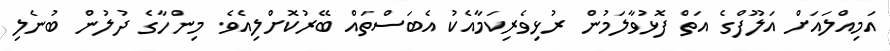
އަމިއްލައަށް އަލޫފްގެ އަތް ފޮޅުވާލަމުން ރުޅިވެރިކަމާއެކު އެބަސްތައް ބޭރުކޮށްލިއެވެ. މިންހާގެ ދުލުން ބުނެލި